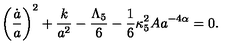
\left( \frac { \dot { a } } { a } \right) ^ { 2 } + \frac { k } { a ^ { 2 } } - \frac { \Lambda _ { 5 } } { 6 } - \frac { 1 } { 6 } \kappa _ { 5 } ^ { 2 } A a ^ { - 4 \alpha } = 0 .